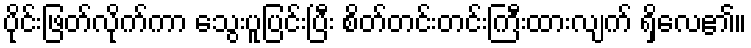
ပိုင်းဖြတ်လိုက်ကာ သွေးပူပြင်းပြီး စိတ်တင်းတင်းကြီးထားလျက် ရှိလေ၏။